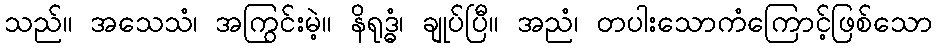
သည်။ အသေသံ၊ အကြွင်းမဲ့။ နိရုဒ္ဓံ၊ ချုပ်ပြီ။ အညံ၊ တပါးသောကံကြောင့်ဖြစ်သော